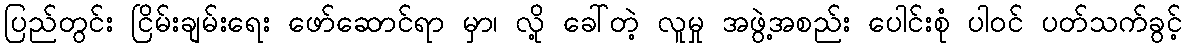
ပြည်တွင်း ငြိမ်းချမ်းရေး ဖော်ဆောင်ရာ မှာ၊ လို့ ခေါ်တဲ့ လူမှု အဖွဲ့အစည်း ပေါင်းစုံ ပါဝင် ပတ်သက်ခွင့်